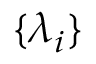
\{ \lambda _ { i } \}